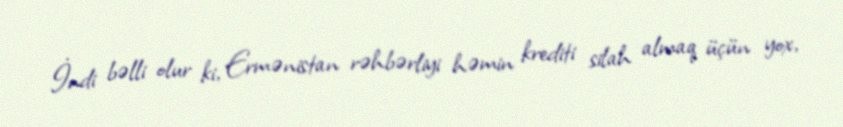
İndi bəlli olur ki, Ermənistan rəhbərliyi həmin krediti silah almaq üçün yox,